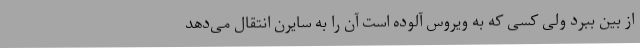
از بین ببرد ولی کسی که به ویروس آلوده است آن را به سایرن انتقال می‌دهد